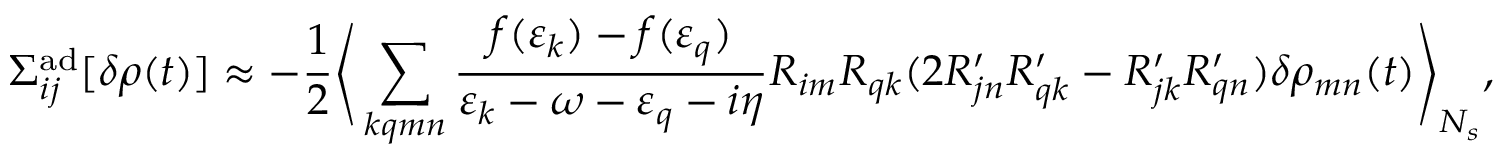
\Sigma _ { i j } ^ { \mathrm { a d } } [ \delta \rho ( t ) ] \approx - \frac { 1 } { 2 } \Bigg \langle \sum _ { k q m n } \frac { f ( \varepsilon _ { k } ) - f ( \varepsilon _ { q } ) } { \varepsilon _ { k } - \omega - \varepsilon _ { q } - i \eta } R _ { i m } R _ { q k } ( 2 R _ { j n } ^ { \prime } R _ { q k } ^ { \prime } - R _ { j k } ^ { \prime } R _ { q n } ^ { \prime } ) \delta \rho _ { m n } ( t ) \Bigg \rangle _ { N _ { s } } ,